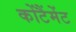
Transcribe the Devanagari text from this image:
कोंटैंमेंट